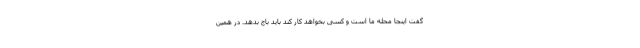
گفت اینجا محله ما است و کسی بخواهد کار کند باید باج بدهد. در همین